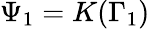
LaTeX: \Psi_{1}=K(\Gamma_{1})